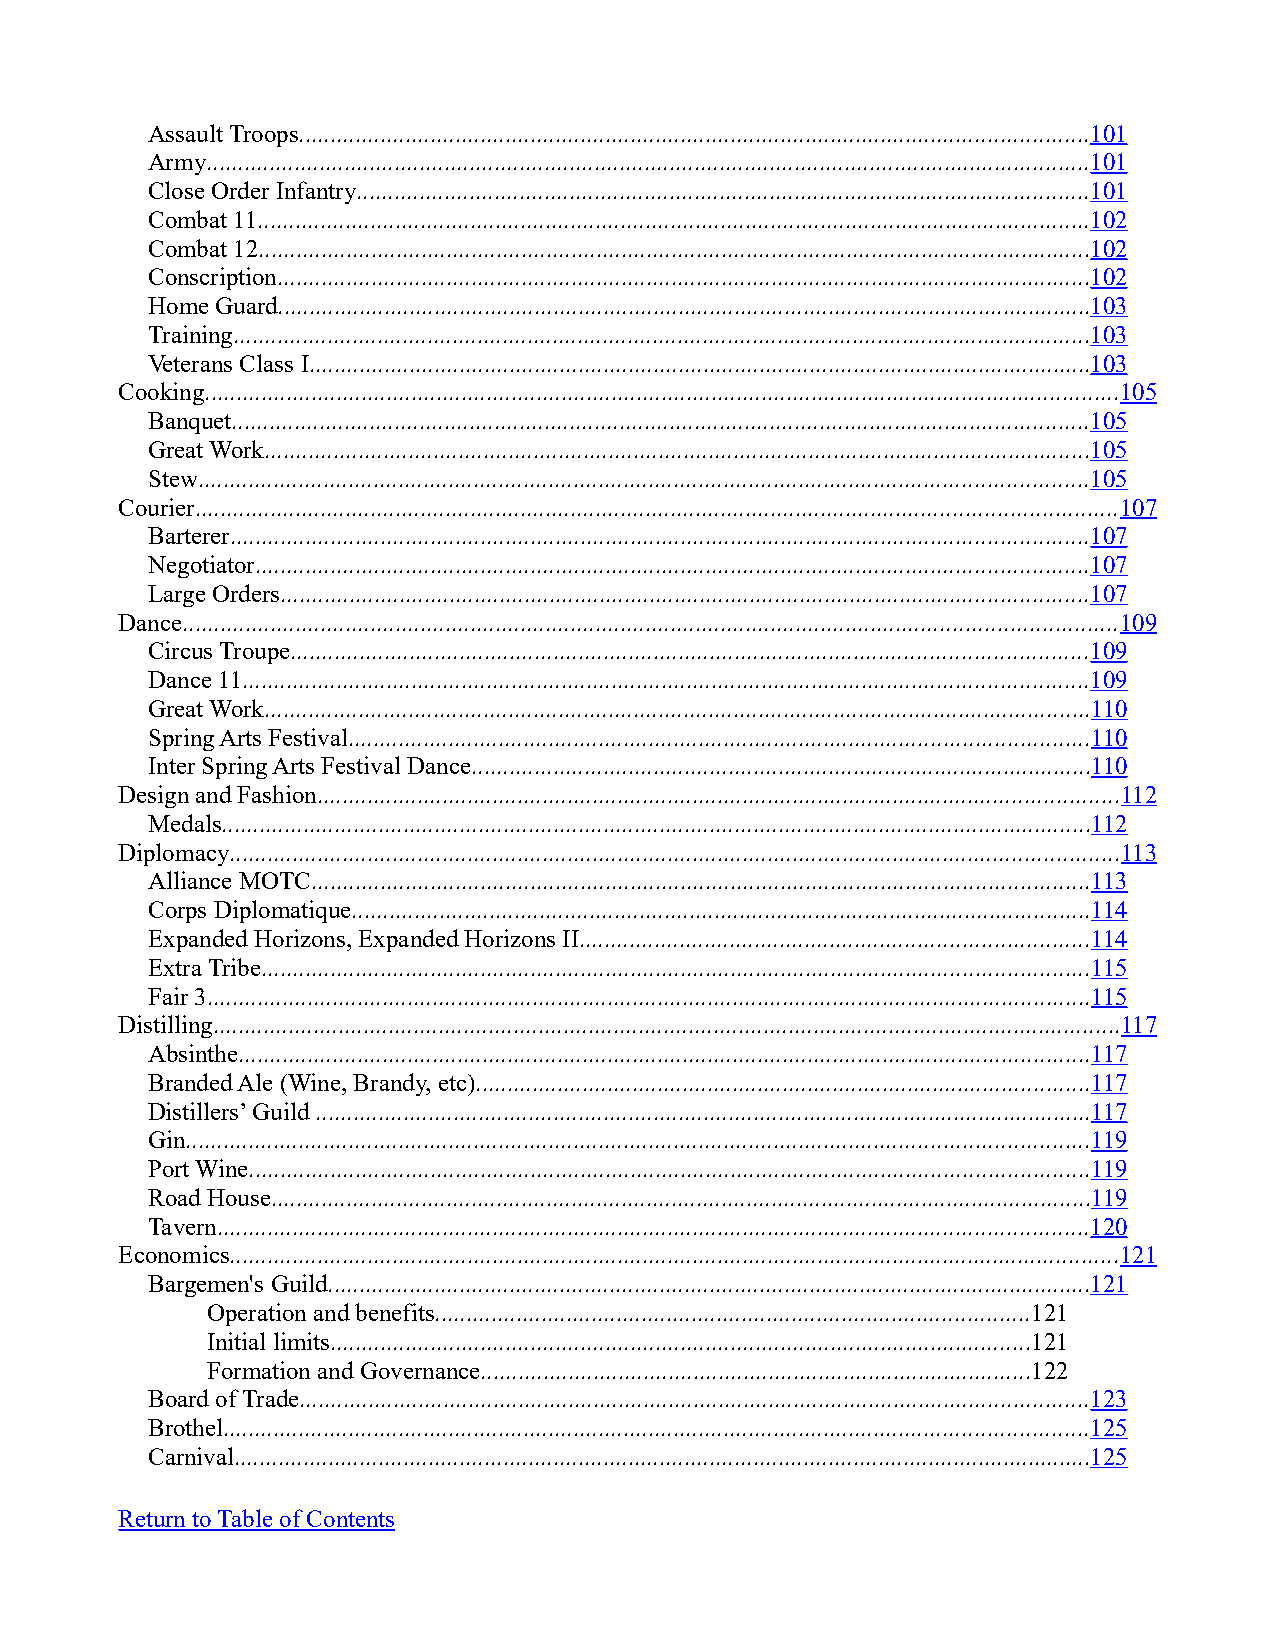
Assault Troops..............................................................................................................................101
 Army.............................................................................................................................................101
 Close Order Infantry.....................................................................................................................101
 Combat 11.....................................................................................................................................102
 Combat 12.....................................................................................................................................102
 Conscription..................................................................................................................................102
 Home Guard..................................................................................................................................103
 Training.........................................................................................................................................103
 Veterans Class I.............................................................................................................................103
 Cooking..................................................................................................................................................105
 Banquet.........................................................................................................................................105
 Great Work....................................................................................................................................105
 Stew..............................................................................................................................................105
 Courier...................................................................................................................................................107
 Barterer.........................................................................................................................................107
 Negotiator.....................................................................................................................................107
 Large Orders.................................................................................................................................107
 Dance.....................................................................................................................................................109
 Circus Troupe...............................................................................................................................109
 Dance 11.......................................................................................................................................109
 Great Work....................................................................................................................................110
 Spring Arts Festival......................................................................................................................110
 Inter Spring Arts Festival Dance...................................................................................................110
 Design and Fashion................................................................................................................................112
 Medals...........................................................................................................................................112
 Diplomacy..............................................................................................................................................113
 Alliance MOTC............................................................................................................................113
 Corps Diplomatique......................................................................................................................114
 Expanded Horizons, Expanded Horizons II.................................................................................114
 Extra Tribe....................................................................................................................................115
 Fair 3.............................................................................................................................................115
 Distilling.................................................................................................................................................117
 Absinthe........................................................................................................................................117
 Branded Ale (Wine, Brandy, etc)..................................................................................................117
 Distillers’ Guild ............................................................................................................................117
 Gin................................................................................................................................................119
 Port Wine......................................................................................................................................119
 Road House...................................................................................................................................119
 Tavern...........................................................................................................................................120
 Economics..............................................................................................................................................121
 Bargemen's Guild..........................................................................................................................121
 Operation and benefits...............................................................................................121
 Initial limits................................................................................................................121
 Formation and Governance........................................................................................122
 Board of Trade..............................................................................................................................123
 Brothel..........................................................................................................................................125
 Carnival.........................................................................................................................................125
 Return to Table of Contents